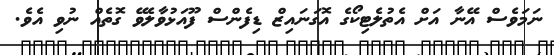
ނަމަވެސް އޭނާ އަށް އެތުލެޓިކޯގެ އޮގަނައިޒް ޑިފެންސް ފޫއަޅުވާލެވޭ ގޮތެއް ނުވި އެވެ.